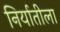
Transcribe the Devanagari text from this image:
निर्यातीला